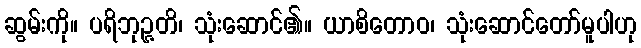
ဆွမ်းကို။ ပရိဘုဉ္ဇတိ၊ သုံးဆောင်၏။ ယာစိတောဝ၊ သုံးဆောင်တော်မူပါဟု